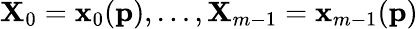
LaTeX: \mathbf{X}_{0}=\mathbf{x}_{0}(\mathbf{p}),\ldots,\mathbf{X}_{m-1}=\mathbf{x}_{m-1}(\mathbf{p})